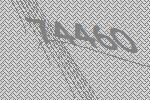
74460